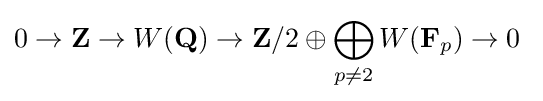
0\rightarrow \mathbf {Z} \rightarrow W(\mathbf {Q} )\rightarrow \mathbf {Z} /2\oplus \bigoplus _{p\neq 2}W(\mathbf {F} _{p})\rightarrow 0\